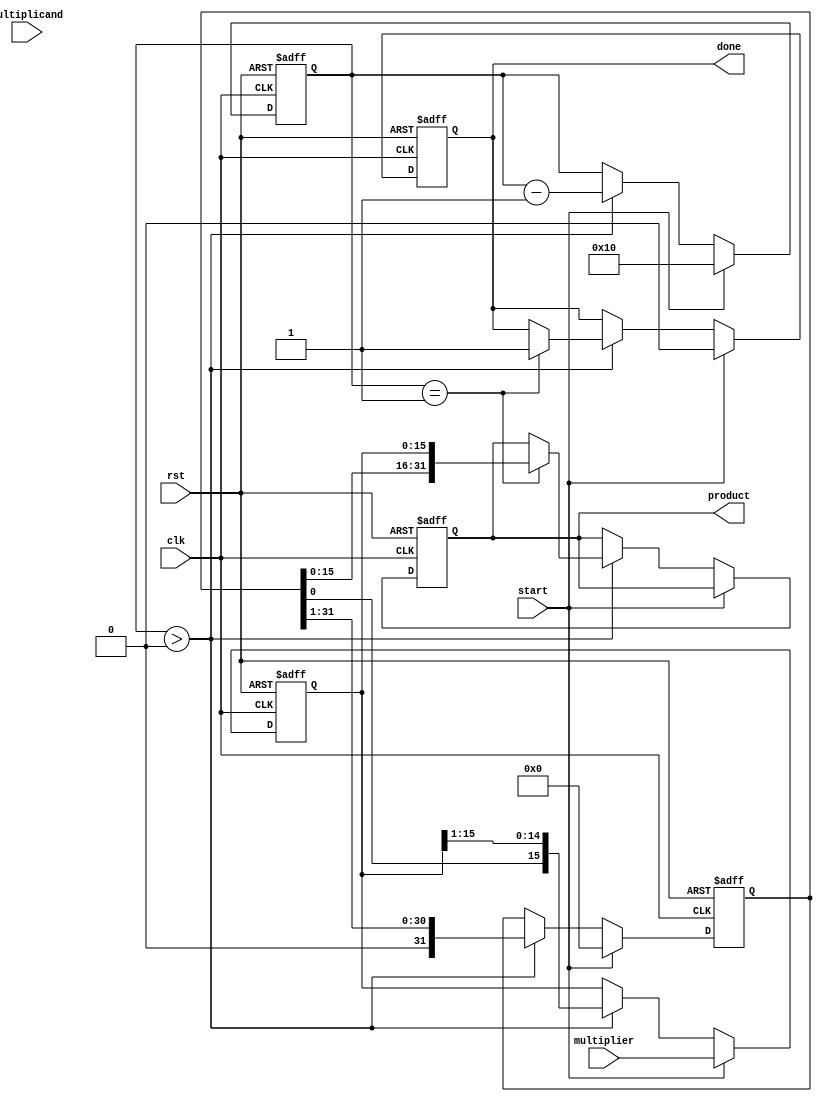
module booth_multiplier (
    input wire clk,
    input wire rst,
    input wire start,
    input wire signed [15:0] multiplicand, // A
    input wire signed [15:0] multiplier,    // Q
    output reg signed [31:0] product,       // Result
    output reg done
);

    // Internal registers
    reg signed [15:0] A;       // Multiplicand
    reg signed [15:0] Q;       // Multiplier
    reg Q_1;                   // Previous bit of multiplier
    reg signed [31:0] M;       // Accumulator
    reg [4:0] count;           // Bit counter

    always @(posedge clk or posedge rst) begin
        if (rst) begin
            // Reset all registers
            A <= 0;
            Q <= 0;
            Q_1 <= 0;
            M <= 0;
            count <= 0;
            product <= 0;
            done <= 0;
        end else if (start) begin
            // Initialize registers
            A <= multiplicand;
            Q <= multiplier;
            Q_1 <= 0;
            M <= 0;
            count <= 16; // Number of bits in multiplier
            done <= 0;
        end else if (count > 0) begin
            // Booth's algorithm process
            case ({Q[0], Q_1}) // Analyze last two bits
                2'b01: M <= M + A;         // Add A to M
                2'b10: M <= M - A;         // Subtract A from M
                default: ;                  // No operation
            endcase

            // Right shift operation
            {M, Q} <= {M, Q} >> 1;          // Combine M and Q and right shift
            Q_1 <= Q[0];                    // Update Q-1 with the least significant bit of Q
            count <= count - 1;            // Decrement bit counter

            if (count == 1) begin
                product <= {M, Q};          // Store result in product
                done <= 1;                  // Indicate multiplication is done
            end
        end
    end
endmodule